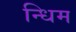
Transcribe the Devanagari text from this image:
न्धिम